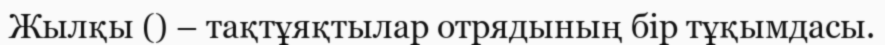
Жылқы () – тақтұяқтылар отрядының бір тұқымдасы.